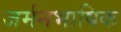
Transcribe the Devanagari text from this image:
जर्मनभाषिक